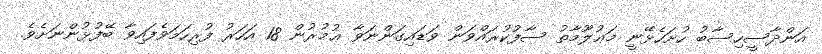
އަންދާސީހިސާބު ހުށަހެޅޭނީ މަޢުލޫމާތު ސާފުކުރައްވަން ވަޑައިގަންނަވާ ޢުމުރުން 18 އަހަރު ފުރިހަމަވެފައިވާ ބޭފުޅުންނަށެވެ.